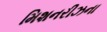
મિશનરીઝના